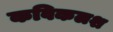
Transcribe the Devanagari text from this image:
कविकलश